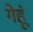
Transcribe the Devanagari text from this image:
गेहूॅ